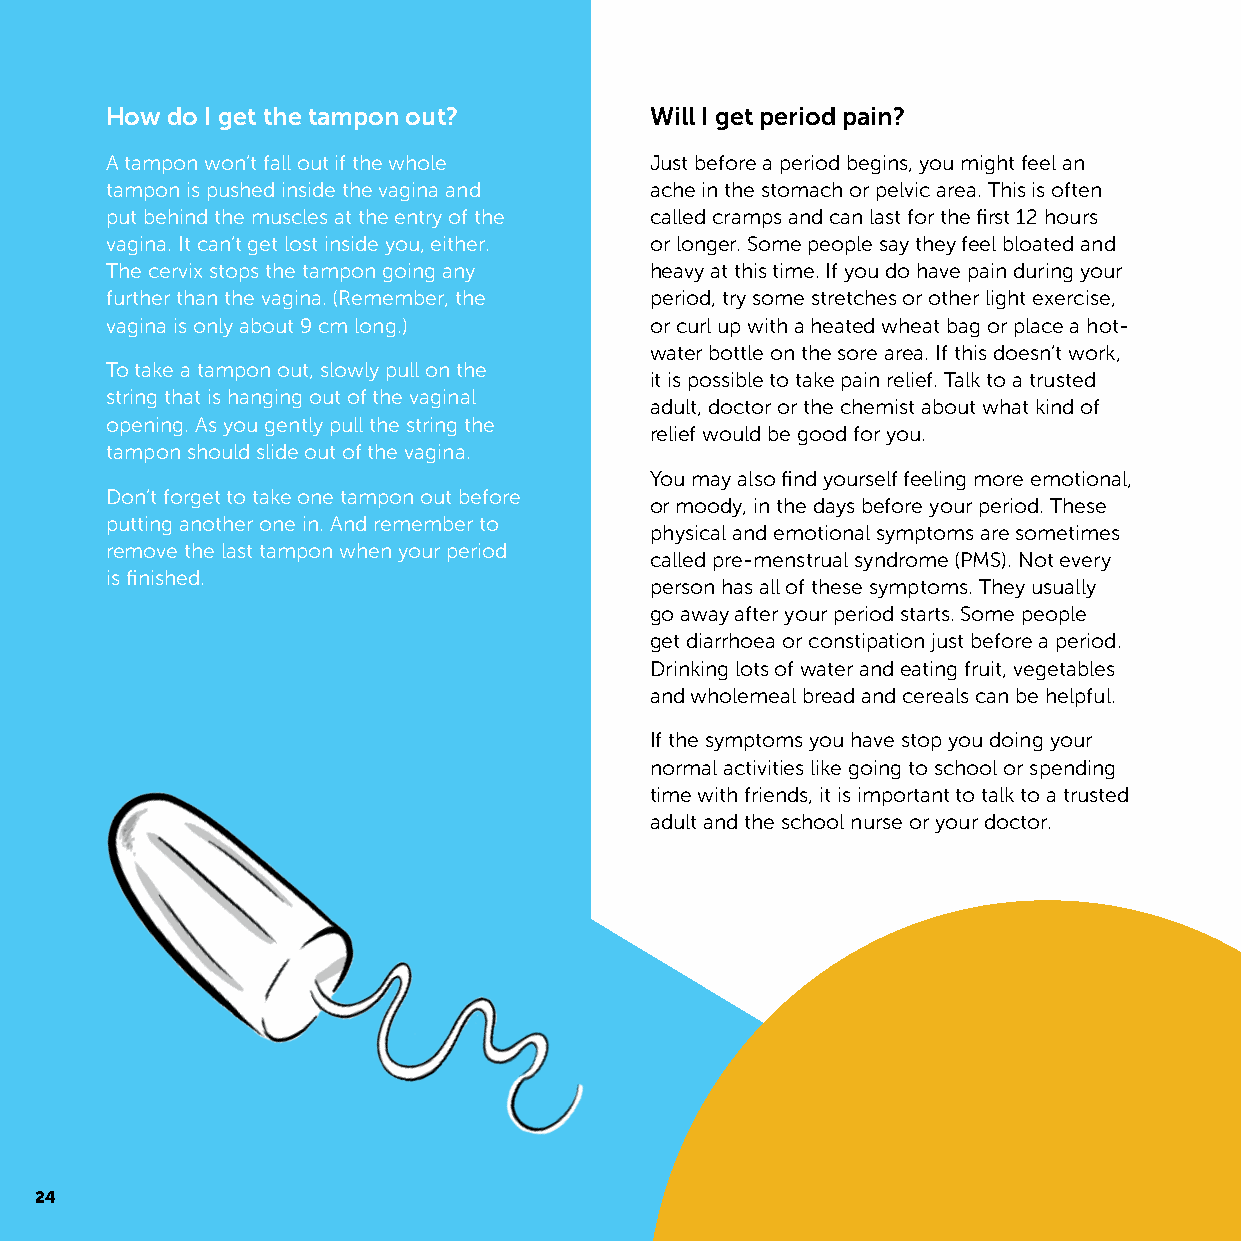
How do I get the tampon out?        Will I get period pain?
 A tampon won’t fall out if the whole Just before a period begins, you might feel an
 tampon is pushed inside the vagina and ache in the stomach or pelvic area. This is often
 put behind the muscles at the entry of the called cramps and can last for the first 12 hours
 vagina. It can’t get lost inside you, either. or longer. Some people say they feel bloated and
 The cervix stops the tampon going any heavy at this time. If you do have pain during your
 further than the vagina. (Remember, the period, try some stretches or other light exercise,
 vagina is only about 9 cm long.)    or curl up with a heated wheat bag or place a hot-
 water bottle on the sore area. If this doesn’t work,
 To take a tampon out, slowly pull on the
 it is possible to take pain relief. Talk to a trusted
 string that is hanging out of the vaginal
 adult, doctor or the chemist about what kind of
 opening. As you gently pull the string the
 relief would be good for you.
 tampon should slide out of the vagina.
 You may also find yourself feeling more emotional,
 Don’t forget to take one tampon out before
 or moody, in the days before your period. These
 putting another one in. And remember to
 physical and emotional symptoms are sometimes
 remove the last tampon when your period
 called pre-menstrual syndrome (PMS). Not every
 is finished.
 person has all of these symptoms. They usually
 go away after your period starts. Some people
 get diarrhoea or constipation just before a period.
 Drinking lots of water and eating fruit, vegetables
 and wholemeal bread and cereals can be helpful.
 If the symptoms you have stop you doing your
 normal activities like going to school or spending
 time with friends, it is important to talk to a trusted
 adult and the school nurse or your doctor.
 24